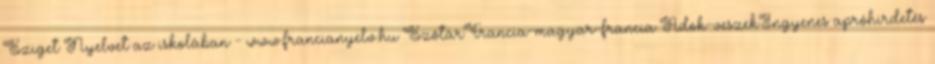
Sziget Nyelvet az iskolában - www.francianyelv.hu SzótárFrancia-magyar-francia Adok-veszekIngyenes apróhirdetés